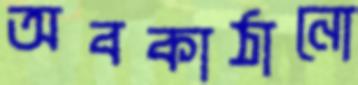
অবকাঠানো